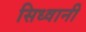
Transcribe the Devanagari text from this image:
सिध्वानी